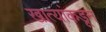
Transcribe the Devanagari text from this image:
खात्यांकडून